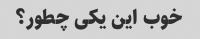
خوب این یکی چطور؟